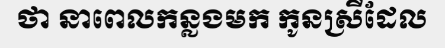
ថា នាពេលកន្លងមក កូនស្រីដែល